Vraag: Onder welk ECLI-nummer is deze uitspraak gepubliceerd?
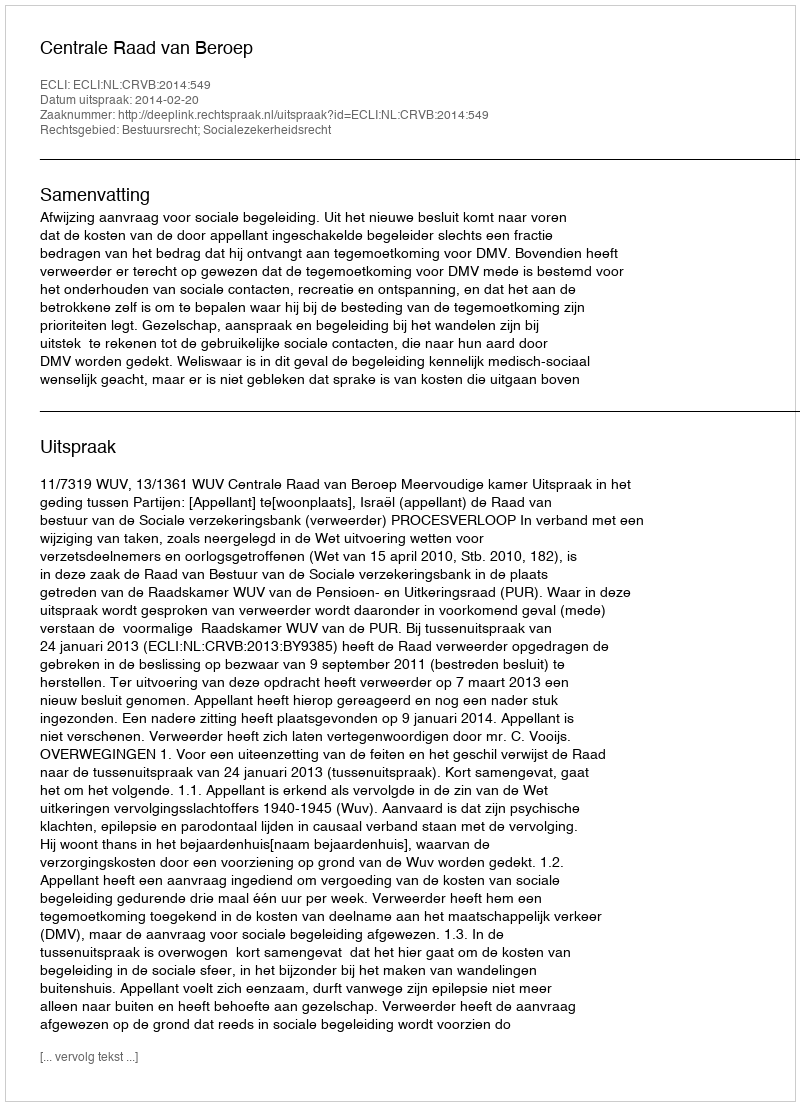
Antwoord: ECLI:NL:CRVB:2014:549